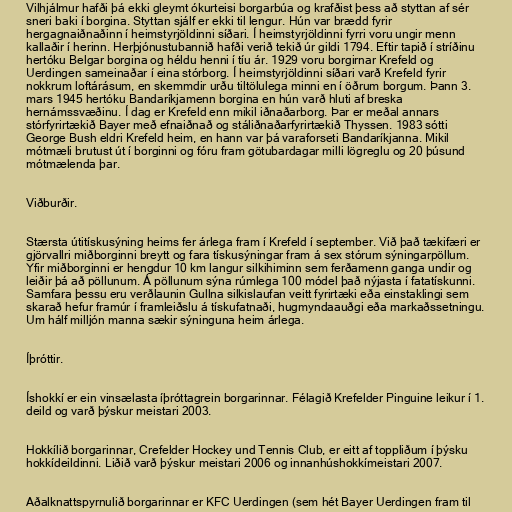
Vilhjálmur hafði þá ekki gleymt ókurteisi borgarbúa og krafðist þess að styttan af sér
sneri baki í borgina. Styttan sjálf er ekki til lengur. Hún var brædd fyrir
hergagnaiðnaðinn í heimstyrjöldinni síðari. Í heimstyrjöldinni fyrri voru ungir menn
kallaðir í herinn. Herþjónustubannið hafði verið tekið úr gildi 1794. Eftir tapið í stríðinu
hertóku Belgar borgina og héldu henni í tíu ár. 1929 voru borgirnar Krefeld og
Uerdingen sameinaðar í eina stórborg. Í heimstyrjöldinni síðari varð Krefeld fyrir
nokkrum loftárásum, en skemmdir urðu tiltölulega minni en í öðrum borgum. Þann 3.
mars 1945 hertóku Bandaríkjamenn borgina en hún varð hluti af breska
hernámssvæðinu. Í dag er Krefeld enn mikil iðnaðarborg. Þar er meðal annars
stórfyrirtækið Bayer með efnaiðnað og stáliðnaðarfyrirtækið Thyssen. 1983 sótti
George Bush eldri Krefeld heim, en hann var þá varaforseti Bandaríkjanna. Mikil
mótmæli brutust út í borginni og fóru fram götubardagar milli lögreglu og 20 þúsund
mótmælenda þar.

Viðburðir.

Stærsta útitískusýning heims fer árlega fram í Krefeld í september. Við það tækifæri er
gjörvallri miðborginni breytt og fara tískusýningar fram á sex stórum sýningarpöllum.
Yfir miðborginni er hengdur 10 km langur silkihiminn sem ferðamenn ganga undir og
leiðir þá að pöllunum. Á pöllunum sýna rúmlega 100 módel það nýjasta í fatatískunni.
Samfara þessu eru verðlaunin Gullna silkislaufan veitt fyrirtæki eða einstaklingi sem
skarað hefur framúr í framleiðslu á tískufatnaði, hugmyndaauðgi eða markaðssetningu.
Um hálf milljón manna sækir sýninguna heim árlega.

Íþróttir.

Íshokkí er ein vinsælasta íþróttagrein borgarinnar. Félagið Krefelder Pinguine leikur í 1.
deild og varð þýskur meistari 2003.

Hokkílið borgarinnar, Crefelder Hockey und Tennis Club, er eitt af toppliðum í þýsku
hokkídeildinni. Liðið varð þýskur meistari 2006 og innanhúshokkímeistari 2007.

Aðalknattspyrnulið borgarinnar er KFC Uerdingen (sem hét Bayer Uerdingen fram til